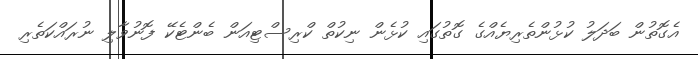
އެގޮތުން ބަދަލު ކުޅުންތެރިޔެއްގެ ގޮތުގައި ކުޅެން ނިކުތް ކްރިސްޓިއަން ބެންޓެކޭ ފޮނުވާލި ނުރައްކަތެރި